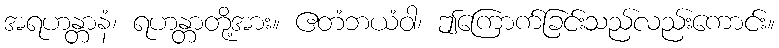
အရဟန္တာနံ၊ ရဟန္တာတို့အား။ ဧတံဘယံဝါ၊ ဤကြောက်ခြင်းသည်လည်းကောင်း။